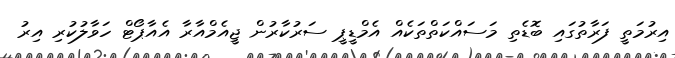
އިރުމަތީ ފަރާތުގައި ބޮޑެތި މަސައްކަތްތަކެއް އެމްޑީޕީ ސަރުކާރުން ޖީއެމްއާރާ އެއާޕޯޓް ހަވާލުކުރި އިރު